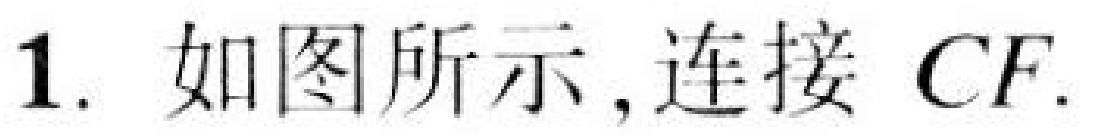
1. 如图所示,连接 \(CF\).